Report on vaccination North-West Frontier Province 1904-1922 - 1904-1922
Year: 1904
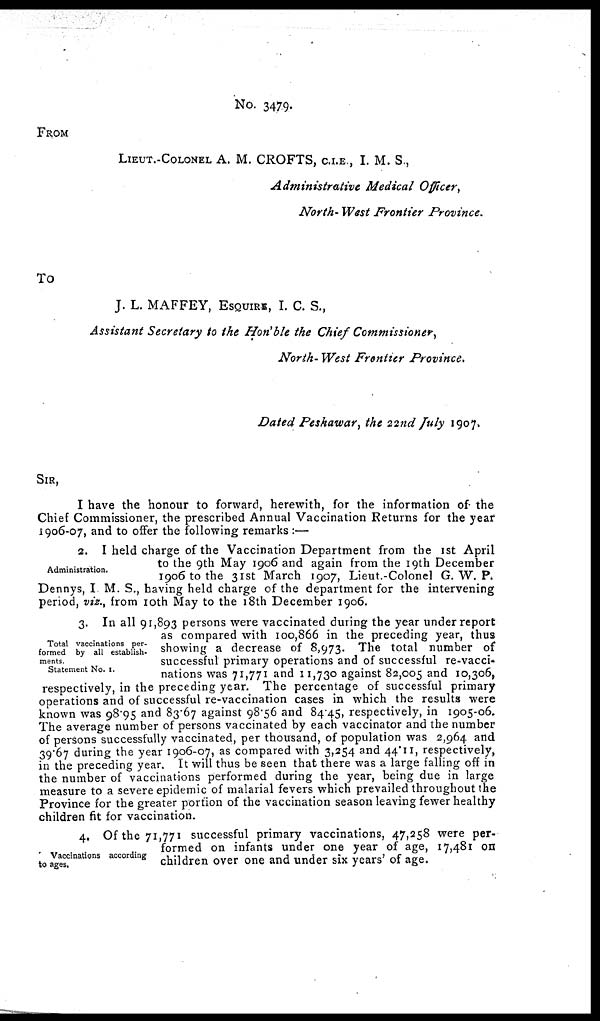
No. 3479.
FROM
LIEUT.-COLONEL A. M. CROFTS, C.I.E., I. M. S.,
Administrative Medical Officer,
North- West Frontier Province.
To
J. L. MAFFEY, ESQUIRE, I. C. S.,
Assistant Secretary to the Hon'ble the Chief Commissioner
North- West Frontier Province.
Dated Peshawar, the 22nd July 1907.
SIR,
I have the honour to forward, herewith, for the information of the
Chief Commissioner, the prescribed Annual Vaccination Returns for the year
1906-07, and to offer the following remarks :—
Administration.
2. I held charge of the Vaccination Department from the 1st April
to the 9th May 1906 and again from the 19th December
1906 to the 31st March 1907, Lieut.-Colonel G. W. P.
Dennys, I M. S., having held charge of the department for the intervening
period, viz., from 10th May to the 18th December 1906.
Total vaccinations per¬
formed by all establish-
ments.
Statement No. I.
3. In all 91,893 persons were vaccinated during the year under report
as compared with 100,866 in the preceding year, thus
showing a decrease of 8,973. The total number of
successful primary operations and of successful re-vacci¬
nations was 71,771 and 11,730 against 82,005 and 10,306,
respectively, in the preceding year. The percentage of successful primary
operations and of successful re-vaccination cases in which the results were
known was 98.95 and 83.67 against 98.56 and 84.45, respectively, in 1905-06.
The average number of persons vaccinated by each vaccinator and the number
of persons successfully vaccinated, per thousand, of population was 2,964 and
39.67 during the year 1906-07, as compared with 3,254 and 44.11, respectively,
in the preceding year. It will thus be seen that there was a large falling off in
the number of vaccinations performed during the year, being due in large
measure to a severe epidemic of malarial fevers which prevailed throughout the
Province for the greater portion of the vaccination season leaving fewer healthy
children fit for vaccination.
Vaccinations according
to ages.
4. Of the 71,771 successful primary vaccinations, 47,258 were per-
formed on infants under one year of age, 17,481 on
children over one and under six years' of age.